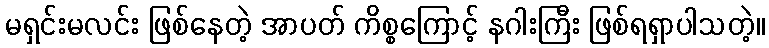
မရှင်းမလင်း ဖြစ်နေတဲ့ အာပတ် ကိစ္စကြောင့် နဂါးကြီး ဖြစ်ရရှာပါသတဲ့။